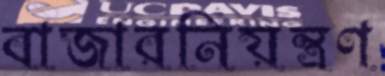
বাজারনিয়ন্ত্রণ